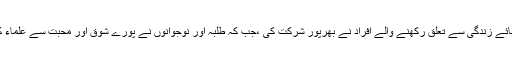
پیغام سیرت سیمینار میں مختلف شعبہ ہائے زندگی سے تعلق رکھنے والے افراد نے بھرپور شرکت کی ،جب کہ طلبہ اور نوجوانوں نے پورے شوق اور محبت سے علماء کرام اور مشائخ عظام کے بیانات سنے۔